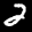
Label: 2